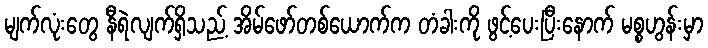
မျက်လုံးတွေ နီရဲလျက်ရှိသည့် အိမ်ဖော်တစ်ယောက်က တံခါးကို ဖွင့်ပေးပြီးနောက် မစ္စဟွန်းမှာ